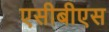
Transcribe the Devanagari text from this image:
एसीबीएस